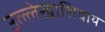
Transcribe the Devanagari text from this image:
उल्लेखाशिवाय